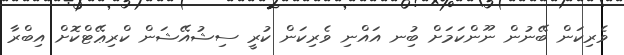
ވެރިކަން ބޭނުން ނޫންކަމަށް ބުިނ އައްނި ވެރިކަން ކުރީ ސިޝުއޭޝަން ކްރިޢޭޓްކޮށް އިބްރާ